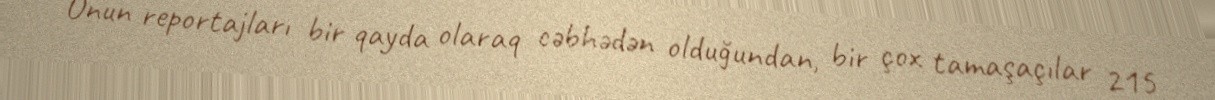
Onun reportajları bir qayda olaraq cəbhədən olduğundan, bir çox tamaşaçılar 215